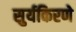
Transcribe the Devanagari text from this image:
सुर्यकिरणे